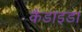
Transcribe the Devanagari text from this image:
कैंडाइडा